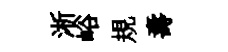
淅峪規夀